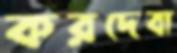
করদেবা